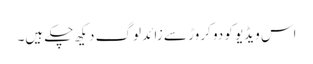
اس ویڈیو کو دو کروڑ سے زائد لوگ دیکھ چکے ہیں۔